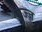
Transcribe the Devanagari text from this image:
घुज्ज़